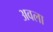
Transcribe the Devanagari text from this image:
अवला